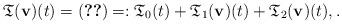
LaTeX: \begin{align*} \mathfrak T(\mathbf v)(t) = \eqref{induction1-truncated} =: \mathfrak T_0(t) + \mathfrak T_1(\mathbf v)(t) + \mathfrak T_2(\mathbf v)(t), .\end{align*}